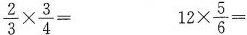
$$\frac { 2 } { 3 } \times \frac { 3 } { 4 } =$$ $$1 2 \times \frac { 5 } { 6 } =$$